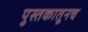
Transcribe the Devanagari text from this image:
पुस्तकातूनच